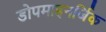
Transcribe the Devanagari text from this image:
डोपमाइनर्जिक